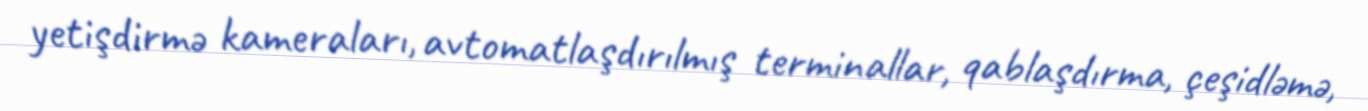
yetişdirmə kameraları, avtomatlaşdırılmış terminallar, qablaşdırma, çeşidləmə,